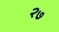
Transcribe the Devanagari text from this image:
२७